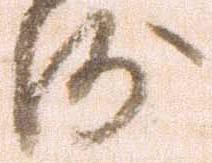
沙